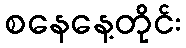
စနေနေ့တိုင်း